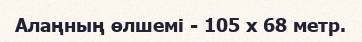
Алаңның өлшемі - 105 х 68 метр.